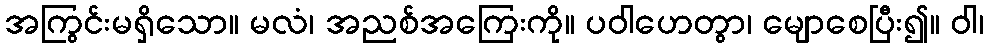
အကြွင်းမရှိသော။ မလံ၊ အညစ်အကြေးကို။ ပဝါဟေတွာ၊ မျောစေပြီး၍။ ဝါ၊